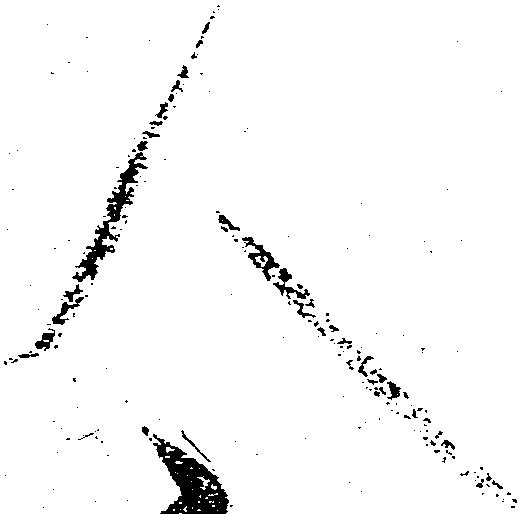
人